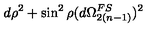
d \rho ^ { 2 } + \sin ^ { 2 } \rho ( d \Omega _ { 2 ( n - 1 ) } ^ { F S } ) ^ { 2 }